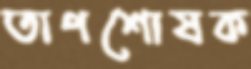
তাপশোষক